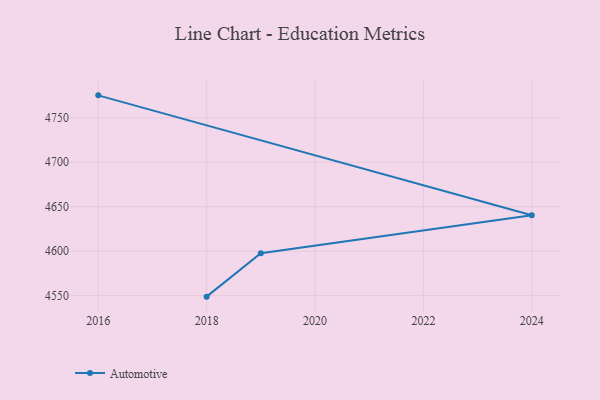
{"axis": {"x": "Year", "y": "Churn Rate (%)"}, "legend": ["Automotive"], "data": [{"x": "2018", "y": 4548.9, "type": "Automotive"}, {"x": "2019", "y": 4597.7, "type": "Automotive"}, {"x": "2024", "y": 4640.5, "type": "Automotive"}, {"x": "2016", "y": 4775.2, "type": "Automotive"}]}